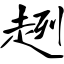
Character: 趔